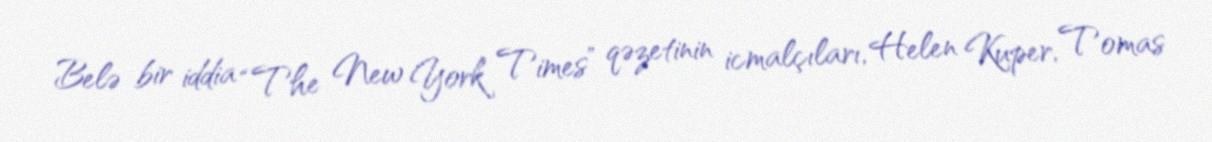
Belə bir iddia “The New York Times” qəzetinin icmalçıları, Helen Kuper, Tomas